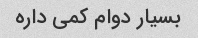
بسیار دوام کمی داره